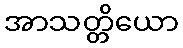
အာသတ္တိယော